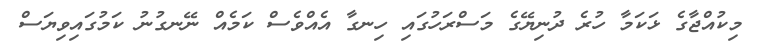
މިކުއްޖާގެ ޅަކަމާ ހުުރެ ދުނިޔޭގެ މަސްރަހުގައި ހިނގާ އެއްވެސް ކަމެއް ނޭނގުނު ކަމުގައިވިޔަސް